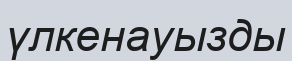
үлкенауызды